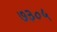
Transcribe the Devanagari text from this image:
७३०५